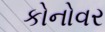
કોનોવર